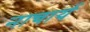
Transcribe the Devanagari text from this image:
नाचार्य